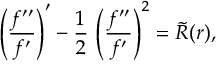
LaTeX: \left( \frac { f ^ { \prime \prime } } { f ^ { \prime } } \right) ^ { \prime } - { \frac { 1 } { 2 } } \, \left( \frac { f ^ { \prime \prime } } { f ^ { \prime } } \right) ^ { 2 } = \tilde { R } ( r ) ,